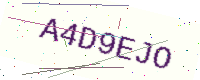
Text: A4D9EJO